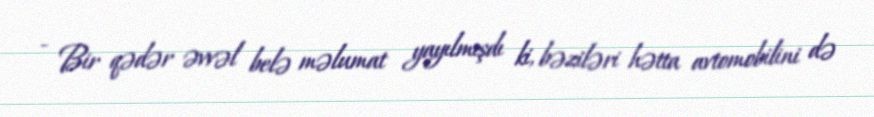
- Bir qədər əvvəl belə məlumat yayılmışdı ki, bəziləri hətta avtomobilini də